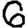
Digit: 6